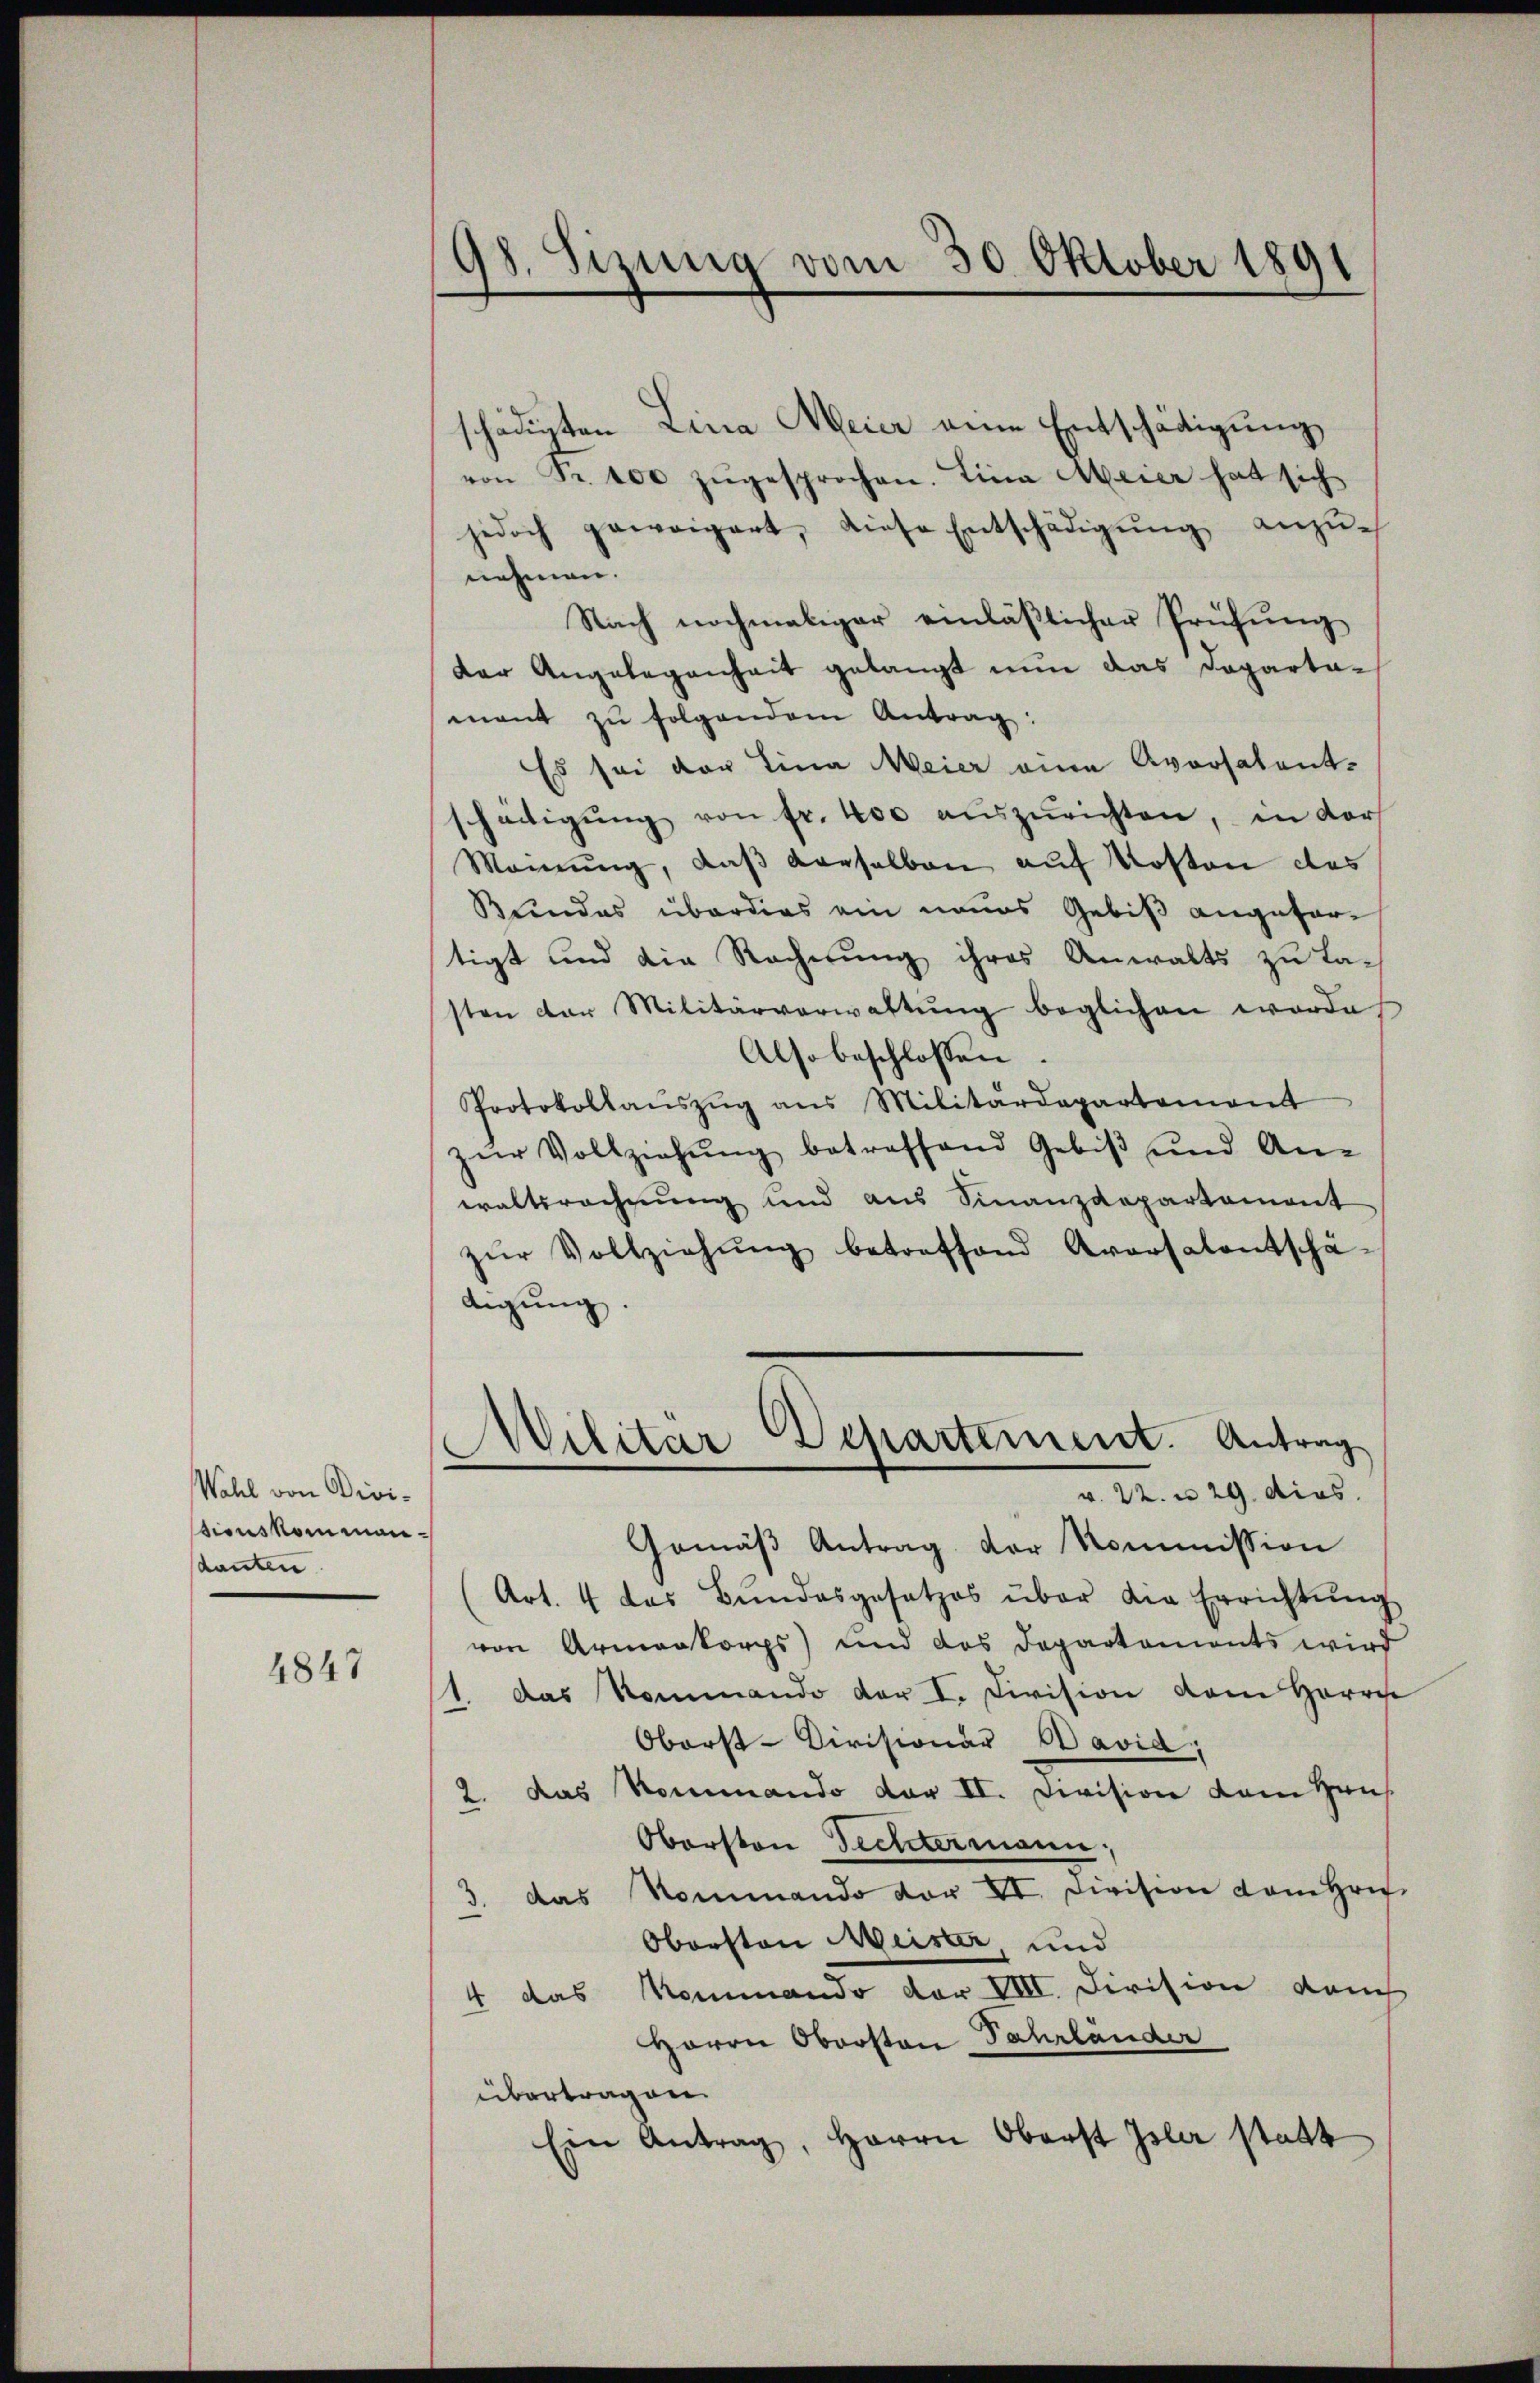
Wahl von Divi-
sionskommandanten

1847

98. Sizung vom 30. Oktober 1891

schädigten Lina Meier eine Entschädigung
von Fr. 100 zŭgesprochen. Lina Meier hat sich
jedoch geweigert, diese Entschädigŭng anzŭ-
nehmen.
Nach nochmaliger einläßlicher Prüfŭng
der Angelegenheit gelangt nun das Dapartamant zŭ folgendem Antrag:
Es sei der Lina Meier eine Aversatent-
schädigŭng von fr. 400 aŭszŭrichten, in der
Meinŭng, daβ derselben auf Kosten des
Bundes überdies ein neues Gebiß angefortigt und die Rechnung ihres Anwalts zu Lasten der Militärverwaltŭng beglichen worde
Also beschlossen:
Protokollaŭszŭg ans Militärdepartement
zŭr Vollziehŭng betreffend Gebiβ und An-
waltsrechnung und aus Finanzdepartement
zŭr Vollziehŭng betreffend Aversalentschä-
digŭng.
Wilitar Departement. Antrag
v. 22 n 29. dies
Gemäß Antrag der Kommission
Art. 4 das Bundesgesetzes über die Errichtŭng
von Armenkorps) und das Departements wird
1. Das Kommando der I. Division dem Herrn
Oborst-Divisionär Pavia,
2. das Rommando der II. Division dem Haus
Obersten Fechtermann,
3. das Nommando vor VI. Division vom Hrn.
Obersten Meister und
4 das Kommando der VIII. Division auch
Herrn Obersten Fahrländer
übertragen.
Ein Antrag, Herrn Oberst Isler statt